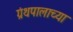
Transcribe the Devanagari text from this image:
ग्रंथपालाच्या